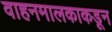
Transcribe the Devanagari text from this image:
वाहनमालकाकडून